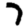
Digit: 7